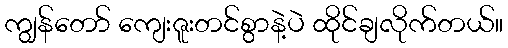
ကျွန်တော် ကျေးဇူးတင်စွာနဲ့ပဲ ထိုင်ချလိုက်တယ်။